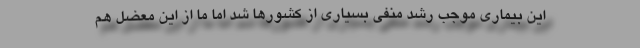
این بیماری موجب رشد منفی بسیاری از کشورها شد اما ما از این معضل هم